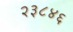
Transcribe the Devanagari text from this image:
२३८४६